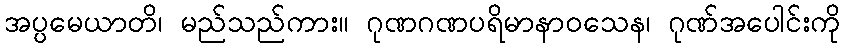
အပ္ပမေယာတိ၊ မည်သည်ကား။ ဂုဏဂဏပရိမာနာဝသေန၊ ဂုဏ်အပေါင်းကို